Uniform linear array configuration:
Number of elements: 32
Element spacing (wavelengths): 0.25
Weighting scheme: kaiser
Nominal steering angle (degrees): -60
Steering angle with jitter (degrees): -59.32
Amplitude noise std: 0.05
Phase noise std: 0.05

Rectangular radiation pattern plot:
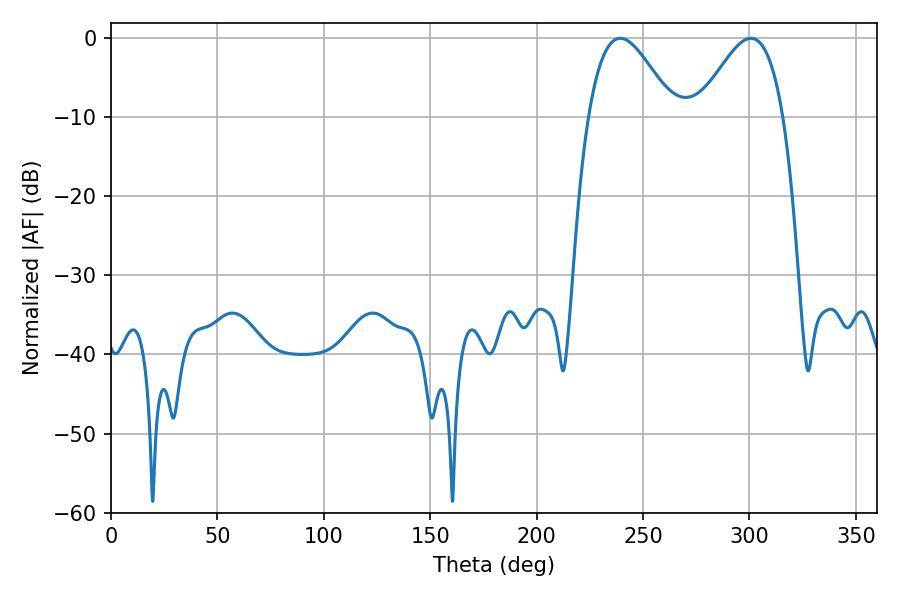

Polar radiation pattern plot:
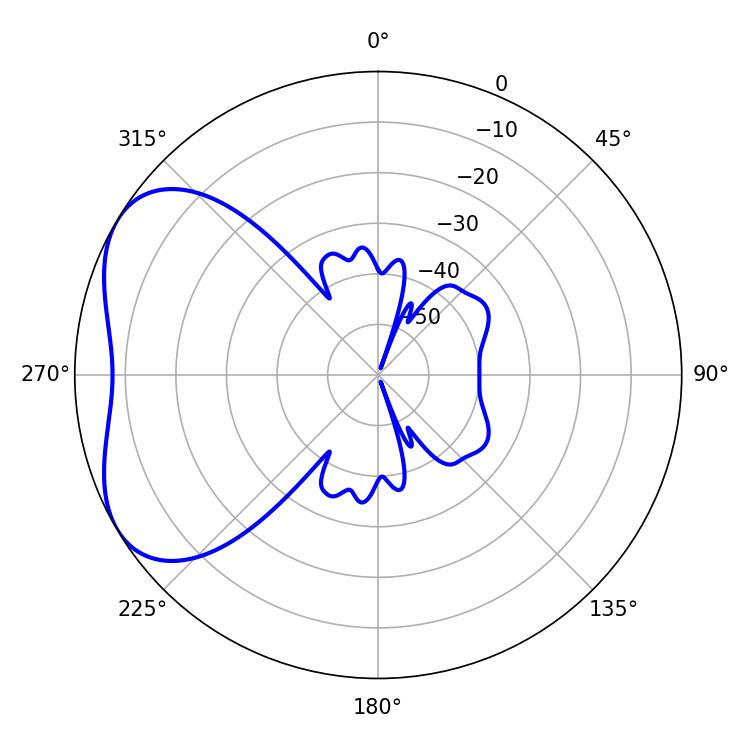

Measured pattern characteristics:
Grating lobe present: FALSE
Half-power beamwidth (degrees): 21.42
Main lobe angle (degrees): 239.22